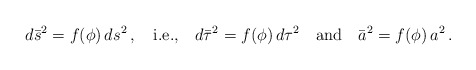
\begin{align*}d \bar{s}^2 = f(\phi)\, ds^2 \,,\quad \hbox{i.e.,} \quad d\bar{\tau}^2= f(\phi)\, d\tau^2 \quad \hbox{and} \quad \bar{a}^2 = f(\phi)\, a^2\,.\end{align*}